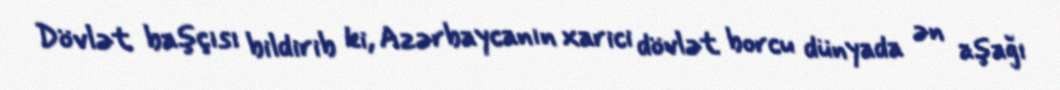
Dövlət başçısı bildirib ki, Azərbaycanın xarici dövlət borcu dünyada ən aşağı